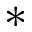
*